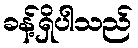
ခန့်ရှိပါသည်